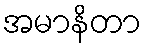
အမာနိတာ